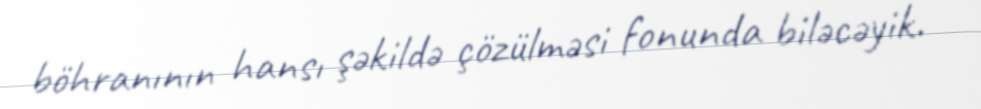
böhranının hansı şəkildə çözülməsi fonunda biləcəyik.